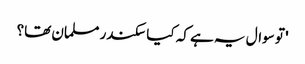
' تو سوال یہ ہے کہ کیا سکندر مسلمان تھا؟